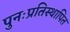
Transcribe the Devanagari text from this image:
पुनःप्रतिस्थापित